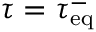
\tau = \tau _ { \mathrm { e q } } ^ { - }